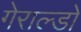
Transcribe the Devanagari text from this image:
गेराल्डो